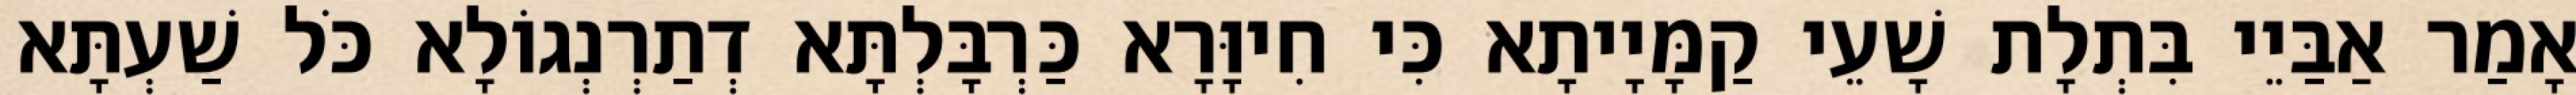
אָמַר אַבַּיֵי בִּתְלָת שָׁעֵי קַמָּיָיתָא כִּי חִיוָּרָא כַּרְבָּלְתָּא דְתַרְנְגוֹלָא כֹּל שַׁעְתָּא